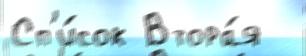
Сп'и́сок Втора́я